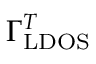
\Gamma _ { \mathrm { L D O S } } ^ { T }